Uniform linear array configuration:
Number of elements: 8
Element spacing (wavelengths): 0.5
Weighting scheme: uniform
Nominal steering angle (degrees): -60
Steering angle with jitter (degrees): -61.329
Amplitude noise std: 0.05
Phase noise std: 0.05

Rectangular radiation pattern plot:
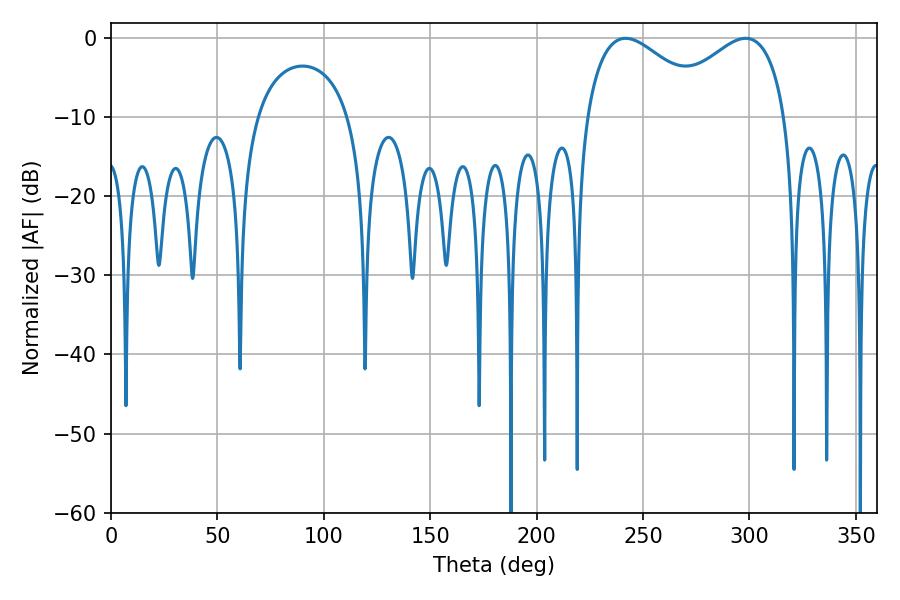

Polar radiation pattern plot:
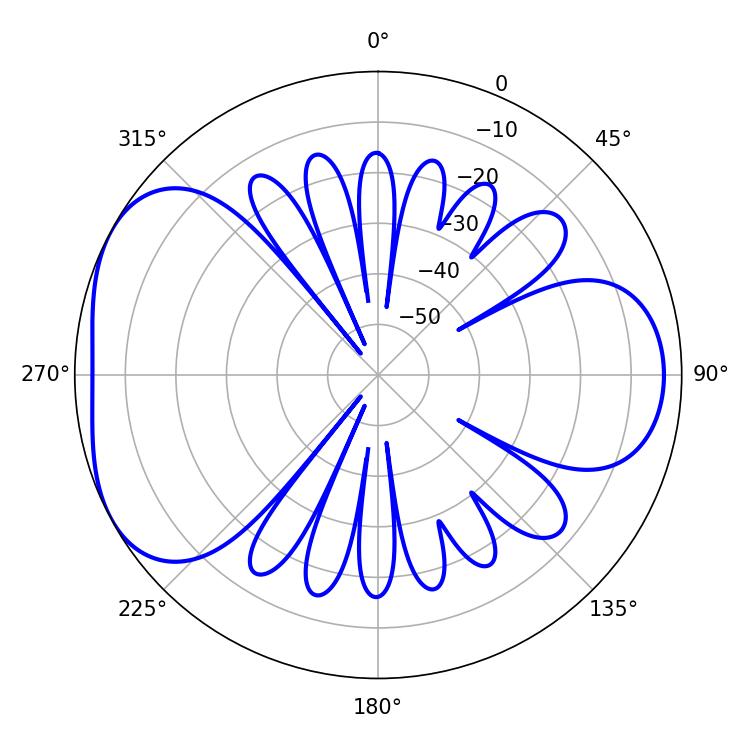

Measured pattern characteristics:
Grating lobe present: FALSE
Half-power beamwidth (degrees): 32.22
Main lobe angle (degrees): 241.74